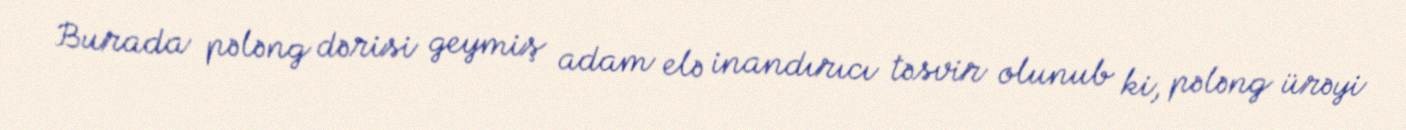
Burada pələng dərisi geymiş adam elə inandırıcı təsvir olunub ki, pələng ürəyi